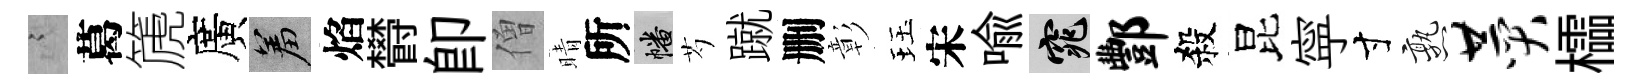
謭葛篪廣羞焰欎卽僧晴所幡芍蹴删彰珏宋喻窕酆殺昆寜寸熟赞櫺